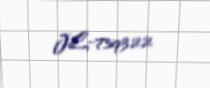
JL-759322